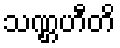
သဏ္ဌဟီတိ